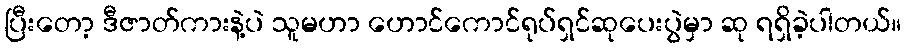
ပြီးတော့ ဒီဇာတ်ကားနဲ့ပဲ သူမဟာ ဟောင်ကောင်ရုပ်ရှင်ဆုပေးပွဲမှာ ဆု ရရှိခဲ့ပါတယ်။